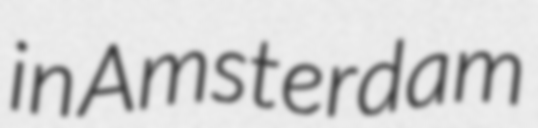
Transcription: in Amsterdam